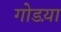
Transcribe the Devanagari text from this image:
गोडय़ा